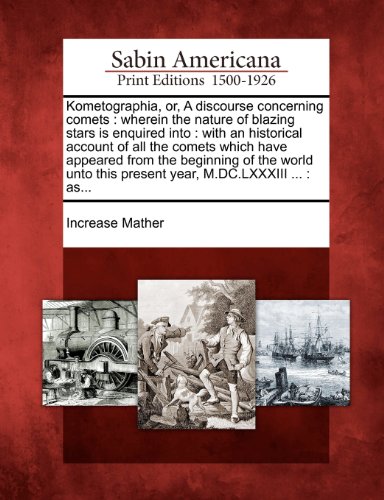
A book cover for Kometographia, or, A discourse concerning comets: wherein the nature of blazing stars is enquired into : with an historical account of all the comets ... this present year, M.DC.LXXXIII ... : as...; Increase Mather; Science & Math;